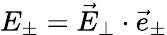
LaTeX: E_{\pm}=\vec{E}_{\perp}\cdot\vec{e}_{\pm}